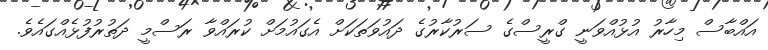
އައްބާސް މިހާރު އުޅުއްވަނީ ގްރީސްގެ ސަރުކާރުގެ ދައުވަތަކަށް އެގައުމަށް ކުރައްވާ ރަސްމީ ދަތުރުފުޅެއްގައެވެ.